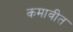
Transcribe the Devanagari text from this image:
कमावीत